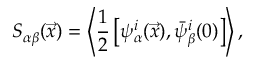
S _ { \alpha \beta } ( \vec { x } ) = \left< \frac { 1 } { 2 } \left[ \psi _ { \alpha } ^ { i } ( \vec { x } ) , \bar { \psi } _ { \beta } ^ { i } ( 0 ) \right] \right> ,